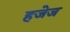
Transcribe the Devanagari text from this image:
हजेज